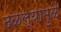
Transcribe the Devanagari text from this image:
ढळल्यामुळे